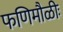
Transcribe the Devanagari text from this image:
फणिमौळीः